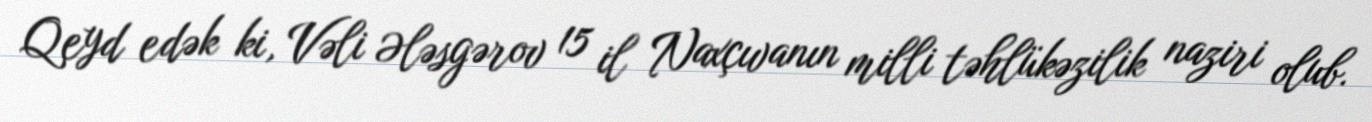
Qeyd edək ki, Vəli Ələsgərov 15 il Naxçıvanın milli təhlükəzilik naziri olub.